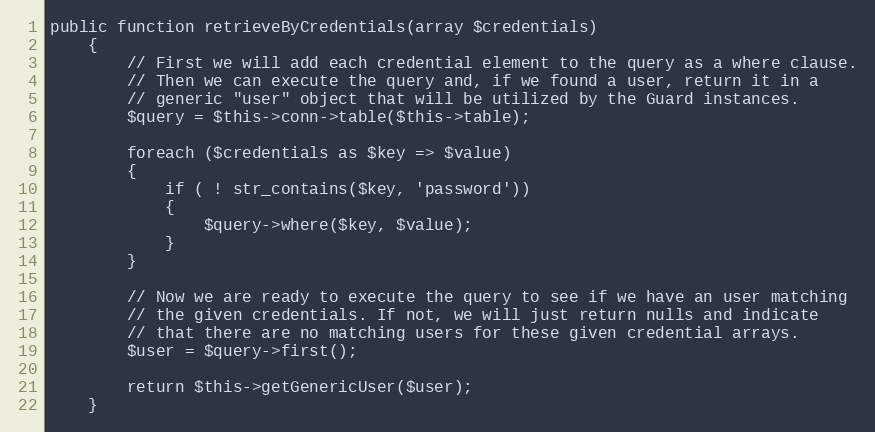
Language: PHP
public function retrieveByCredentials(array $credentials)
	{
		// First we will add each credential element to the query as a where clause.
		// Then we can execute the query and, if we found a user, return it in a
		// generic "user" object that will be utilized by the Guard instances.
		$query = $this->conn->table($this->table);

		foreach ($credentials as $key => $value)
		{
			if ( ! str_contains($key, 'password'))
			{
				$query->where($key, $value);
			}
		}

		// Now we are ready to execute the query to see if we have an user matching
		// the given credentials. If not, we will just return nulls and indicate
		// that there are no matching users for these given credential arrays.
		$user = $query->first();

		return $this->getGenericUser($user);
	}